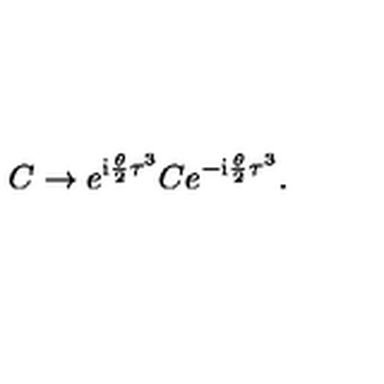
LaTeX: C \rightarrow e ^ { \mathrm { i } { \frac { \theta } { 2 } } \tau ^ { 3 } } C e ^ { - \mathrm { i } { \frac { \theta } { 2 } } \tau ^ { 3 } } .